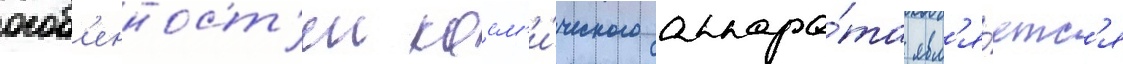
особ'енност'еи косм'и́ческого аппара́та явл'я́етс'я